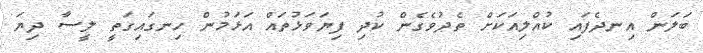
ބަލަން އިނދެފައި ކުއްލިއަކަށް ތެދުވެގެން ކުދި ފިޔަވަޅުތައް އަޅަމުން ހިނގައިގަތީ ލީސާ ދިޔަ